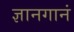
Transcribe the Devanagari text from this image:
ज्ञानगानं